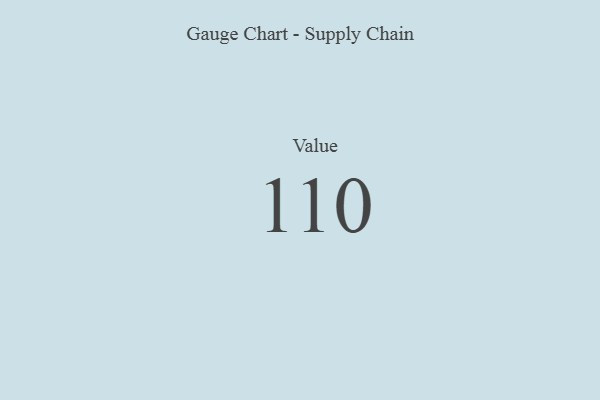
{"axis": {"x": "Metric", "y": "Value"}, "legend": [""], "data": [{"x": "Value", "y": 110, "type": ""}]}